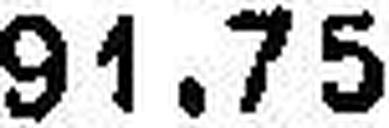
91.75